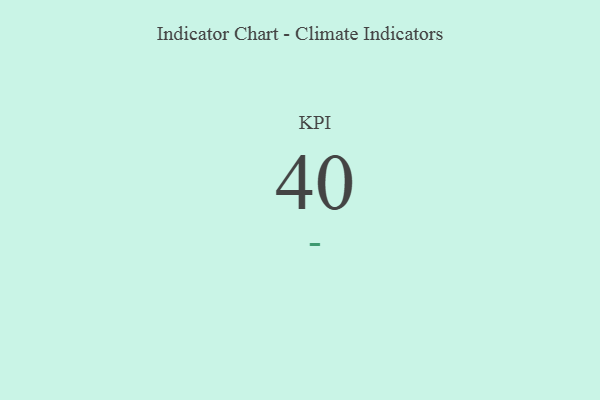
{"axis": {"x": "KPI", "y": "Value"}, "legend": [""], "data": [{"x": "KPI", "y": 40, "type": ""}]}